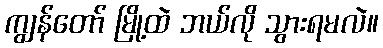
ကျွန်တော် မြို့ထဲ ဘယ်လို သွားရမလဲ။